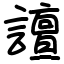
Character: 譠